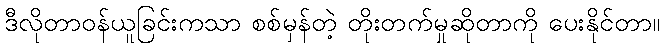
ဒီလိုတာဝန်ယူခြင်းကသာ စစ်မှန်တဲ့ တိုးတက်မှုဆိုတာကို ပေးနိုင်တာ။